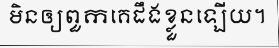
មិនឲ្យពួកគេដឹងខ្លួនឡើយ។